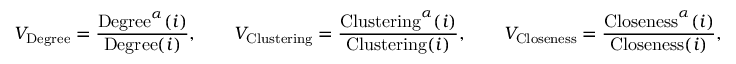
V _ { \mathrm { { D e g r e e } } } = \frac { { \mathrm { D e g r e e } } ^ { \alpha } ( i ) } { \mathrm { { D e g r e e } } ( i ) } , ~ ~ ~ ~ ~ ~ V _ { \mathrm { C l u s t e r i n g } } = \frac { \mathrm { { C l u s t e r i n g } } ^ { \alpha } ( i ) } { { \mathrm { C l u s t e r i n g } } ( i ) } , ~ ~ ~ ~ ~ ~ V _ { \mathrm { { C l o s e n e s s } } } = \frac { { \mathrm { C l o s e n e s s } } ^ { \alpha } ( i ) } { \mathrm { { C l o s e n e s s } } ( i ) } ,